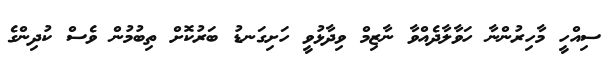
ސިއްހީ މާހިރުންނާ ހަވާލާދެއްވާ ނާޒިމް ވިދާޅުވީ ހަށިގަނޑު ބަރުކޮށް ތިބުމުން ވެސް ކުދިންގެ